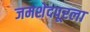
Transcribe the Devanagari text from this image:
जमशेदपूरला